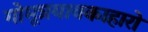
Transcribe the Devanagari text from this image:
गोमूत्रयावकाहारो